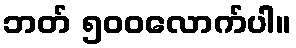
ဘတ် ၅၀၀လောက်ပါ။